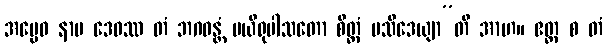
အပ္ပေဝ နာမ ဒေဝဿ တံ ဘဂဝန္တံ ပယိရုပါသတော စိတ္တံ ပသီဒေယျာ”တိ အာဟ။ ဧတ္ထ စ တံ